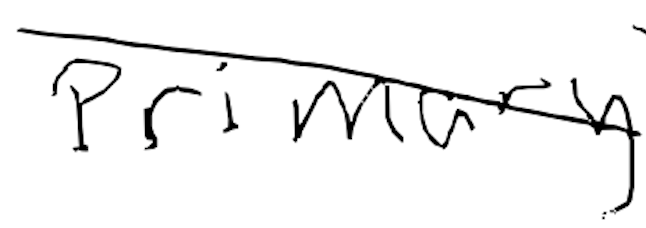
Text: primary
Cross-out: diagonal
Writing tool: digital_black